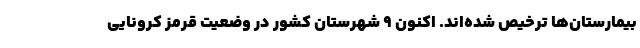
بیمارستان‌ها ترخیص شده‌اند. اکنون ۹ شهرستان کشور در وضعیت قرمز کرونایی